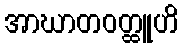
အာဃာတဝတ္ထူဟိ